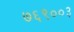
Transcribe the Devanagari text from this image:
७६९००३